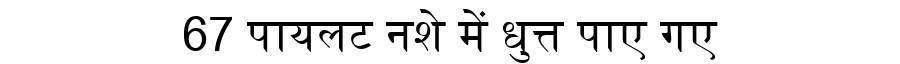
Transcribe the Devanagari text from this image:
67 पायलट नशे में धुत्त पाए गए